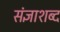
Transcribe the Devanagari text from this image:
संज्ञाशब्द